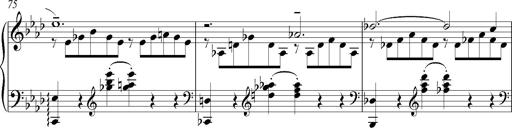
Title: LiebestrÃ¤ume
Composer: Franz Behr
Key: E-flat major